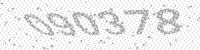
Solution: 090378